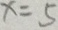
x = 5